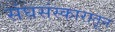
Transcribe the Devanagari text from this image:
संघसंस्कारातून